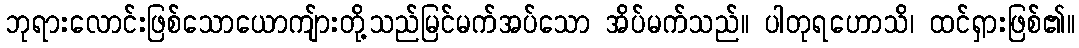
ဘုရားလောင်းဖြစ်သောယောကျ်ားတို့သည်မြင်မက်အပ်သော အိပ်မက်သည်။ ပါတုရဟောသိ၊ ထင်ရှားဖြစ်၏။